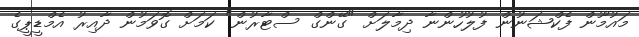
މައުމޫން ފެކްޝަނުން ފުލުހުންނާ ދިމާލަށް "ގޭންގް ސްޓާރުން" ކަމަށް ގޮވަމުން ދާއިރު އެމްޑީޕީގެ